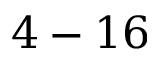
4 - 1 6